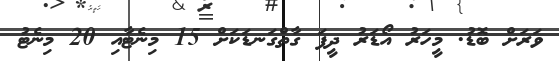
ވަރަށް ބޮޑު. މީހަރު އޯޑަރު ދީފަ ގާތްގަނޑަކަށް 15 މިނެޓާއި 20 މިނެޓު